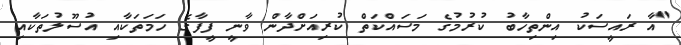
"އާ ރައީސަކު އިންތިހާބު ކުރުމުގެ މަސައްކަތް ކުރިއަށްދާން ވާނީ ފީފާގެ ހަމަތަކާއި އުސޫލުތަކާއި